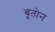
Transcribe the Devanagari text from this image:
बूतोन